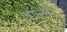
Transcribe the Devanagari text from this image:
चालिये